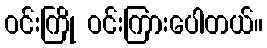
ဝင်းကြို ဝင်းကြားပေါတယ်။